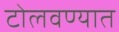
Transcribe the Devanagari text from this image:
टोलवण्यात